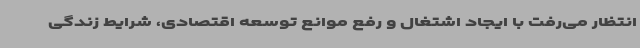
انتظار می‌رفت با ایجاد اشتغال و رفع موانع توسعه اقتصادی، شرایط زندگی